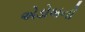
એડોબનો